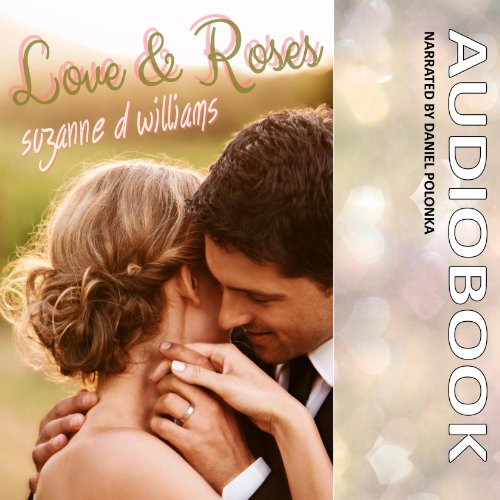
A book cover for Love & Roses; Suzanne D. Williams; Christian Books & Bibles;